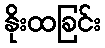
နိုးထခြင်း